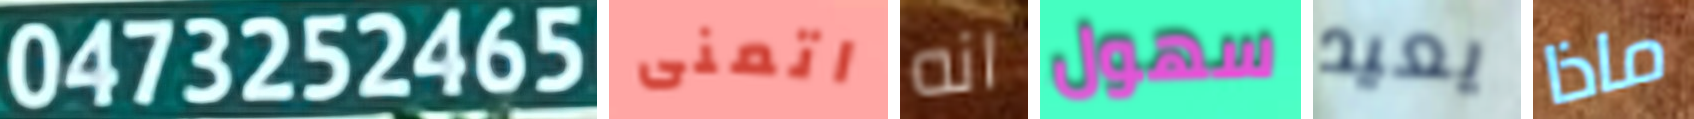
0473252465 اتمنى انه سهول يعيد ماذا